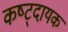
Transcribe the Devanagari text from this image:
कष्ट्दायक